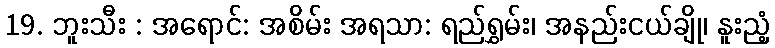
19. ဘူးသီး : အရောင်: အစိမ်း အရသာ: ရည်ရွှမ်း၊ အနည်းငယ်ချို၊ နူးညံ့